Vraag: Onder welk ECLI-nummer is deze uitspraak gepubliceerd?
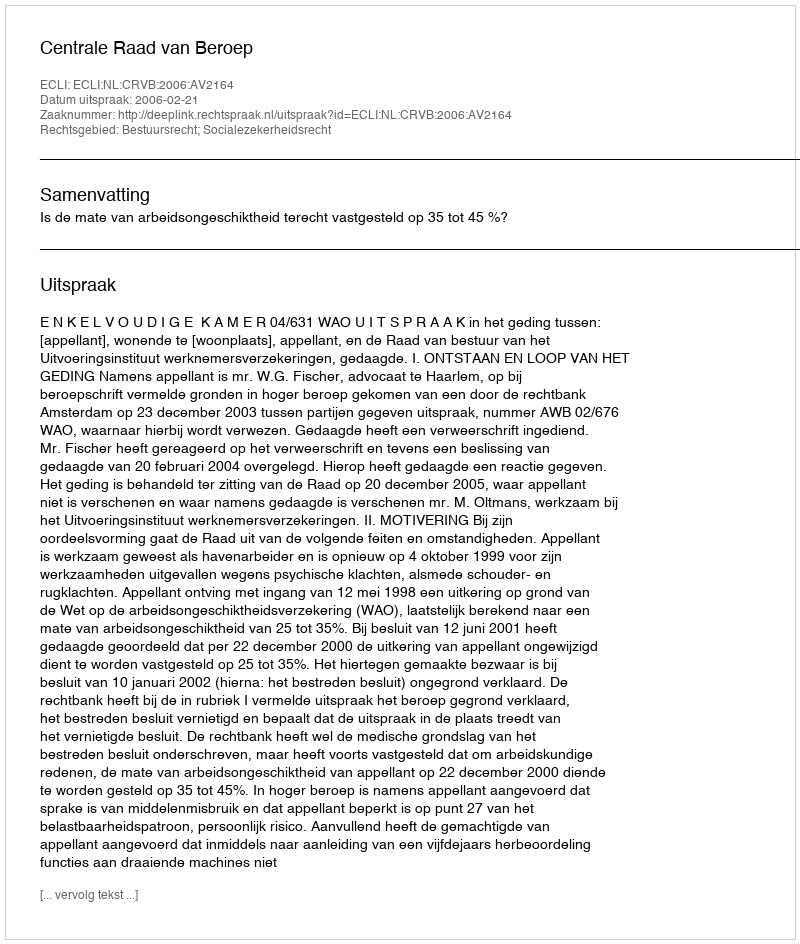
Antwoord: ECLI:NL:CRVB:2006:AV2164